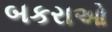
બકરાઓ